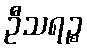
ဦသရဉ္စ